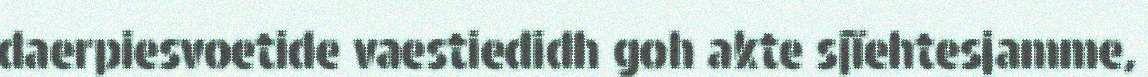
daerpiesvoetide vaestiedidh goh akte sjïehtesjamme,